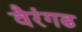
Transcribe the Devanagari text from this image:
वैरंगढ